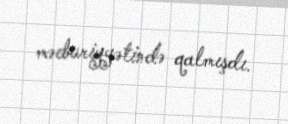
məcburiyyətində qalmışdı.